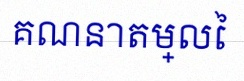
គណនាតម្លៃ